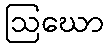
ဩဃော